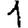
Digit: 1